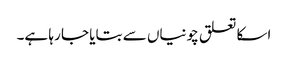
اسکا تعلق چونیاں سے بتایا جا رہا ہے۔